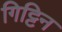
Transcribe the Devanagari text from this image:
गिट्टिन